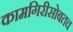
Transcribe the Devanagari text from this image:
कामगिरीसोबतच